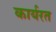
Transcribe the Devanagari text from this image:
कार्यरत